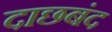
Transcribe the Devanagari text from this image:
दाछबंद